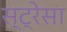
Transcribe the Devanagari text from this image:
स्ट्रेसा